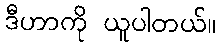
ဒီဟာကို ယူပါတယ်။